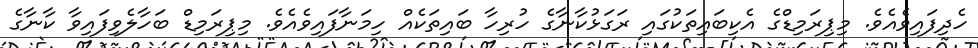
ހެދިފައިވެއެވެ. މިޕިރަމިޑްގެ އެކިބައިތަކުގައި ރަގަޅުކާނާގެ ހުރިހާ ބައިތަކެއް ހިމަނާފައިވެއެވެ. މިޕިރަމިޑް ބަހާލެވިފައިވާ ކާނާގެ